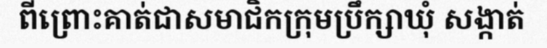
ពីព្រោះគាត់ជាសមាជិកក្រុមប្រឹក្សាឃុំ សង្កាត់